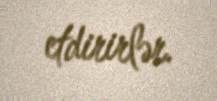
etdirirlər.